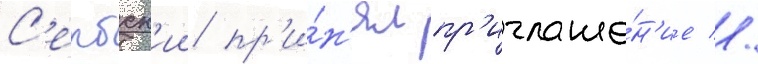
С'ербск'ии пр'и́н'ял пр'иглаше́н'ие //